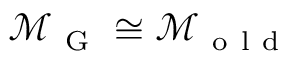
\mathcal { M } _ { \mathrm { ~ G ~ } } \cong \mathcal { M } _ { \mathrm { ~ o ~ l ~ d ~ } }